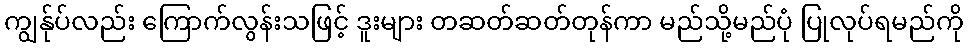
ကျွန်ုပ်လည်း ကြောက်လွန်းသဖြင့် ဒူးများ တဆတ်ဆတ်တုန်ကာ မည်သို့မည်ပုံ ပြုလုပ်ရမည်ကို